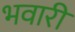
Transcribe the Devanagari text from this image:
भवारी